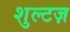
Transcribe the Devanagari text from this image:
शुल्टज़